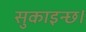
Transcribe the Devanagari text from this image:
सुकाइन्छ।